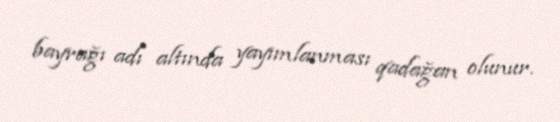
bayrağı adı altında yayımlanması qadağan olunur.